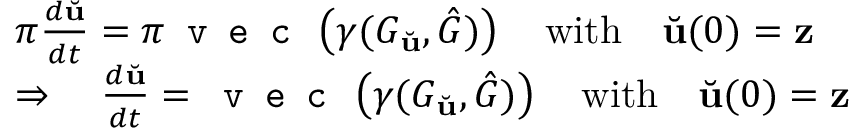
\begin{array} { r l } & { \pi \frac { d \Breve { \mathbf { u } } } { d t } = \pi \texttt { v e c } \left( \gamma ( G _ { \Breve { \mathbf { u } } } , \hat { G } ) \right) \quad \mathrm { w i t h } \quad \Breve { \mathbf { u } } ( 0 ) = \mathbf { z } } \\ & { \Rightarrow \quad \frac { d \Breve { \mathbf { u } } } { d t } = \texttt { v e c } \left( \gamma ( G _ { \Breve { \mathbf { u } } } , \hat { G } ) \right) \quad \mathrm { w i t h } \quad \Breve { \mathbf { u } } ( 0 ) = \mathbf { z } } \end{array}